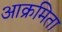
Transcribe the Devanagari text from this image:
आक्रमिता